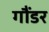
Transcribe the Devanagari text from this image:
गौंडर